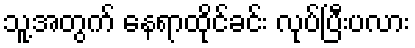
သူ့အတွက် နေရာထိုင်ခင်း လုပ်ပြီးပလား